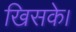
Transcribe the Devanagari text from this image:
खिसके।